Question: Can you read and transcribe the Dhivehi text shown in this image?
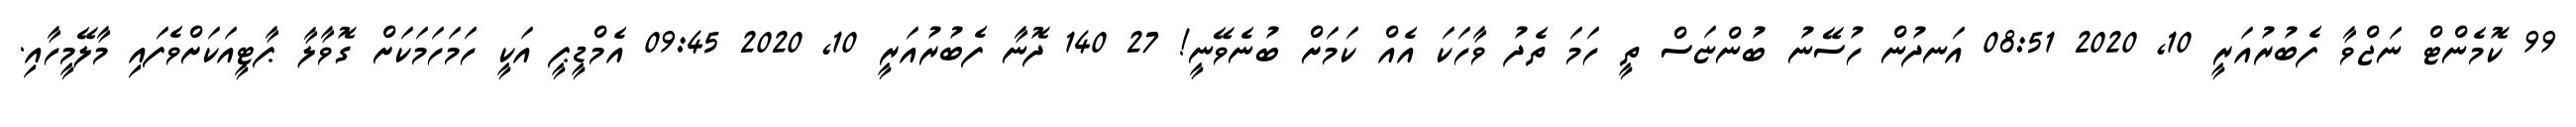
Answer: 99 ކޮމެންޓް ނަޖްވާ ފެބުރުއަރީ 10, 2020 08:51 އަނދުން ހުސޭނު ބުންޏަސް ތީ ހަމަ ތެދު ވާހަކަ އެއް ކަމަށް ބުނެވޭނީ! 27 140 ދޮނާ ފެބުރުއަރީ 10, 2020 09:45 އެމްޑީޕީ އަކީ ހަމަހަމަކަށް ގޮވާލާ ޕާޓީއަކަށްވެފައި މާލޭމީހާއި.